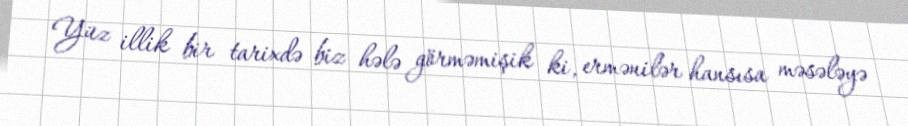
Yüz illik bir tarixdə biz hələ görməmişik ki, ermənilər hansısa məsələyə